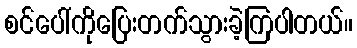
စင်ပေါ်ကိုပြေးတက်သွားခဲ့ကြပါတယ်။